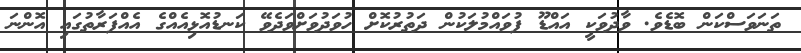
ތަނަވަސްކަން ބޮޑެވެ. ވާދުވަކީ އައްޑޫ ފުވައްމުލަކުން ދަތުރުކޮށް ހުވަދުވަށްވަދެވޭ ކަނޑުއޮޅިއެއްގެ އެއްފަރާތުގައި އޮންނަ